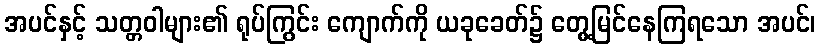
အပင်နှင့် သတ္တဝါများ၏ ရုပ်ကြွင်း ကျောက်ကို ယခုခေတ်၌ တွေ့မြင်နေကြရသော အပင်၊